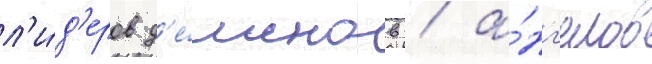
л'и́д'еров д'е́монов / а́нг'елов